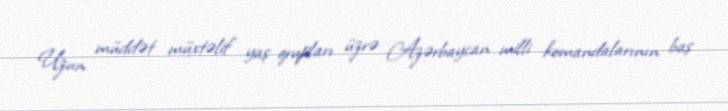
Uzun müddət müxtəlif yaş qrupları üzrə Azərbaycan milli komandalarının baş